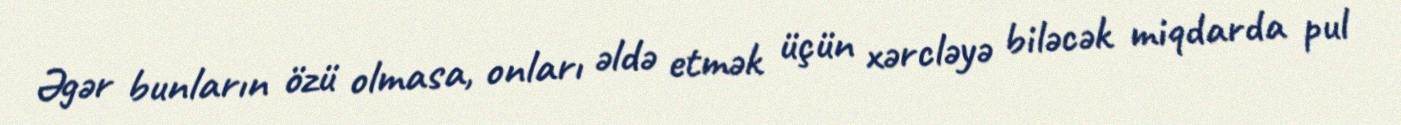
Əgər bunların özü olmasa, onları əldə etmək üçün xərcləyə biləcək miqdarda pul